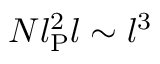
N l _ { \mathrm { P } } ^ { 2 } l \sim l ^ { 3 }